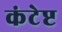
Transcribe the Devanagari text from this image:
कंटेप्ट